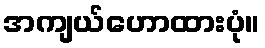
အကျယ်ဟောထားပုံ။